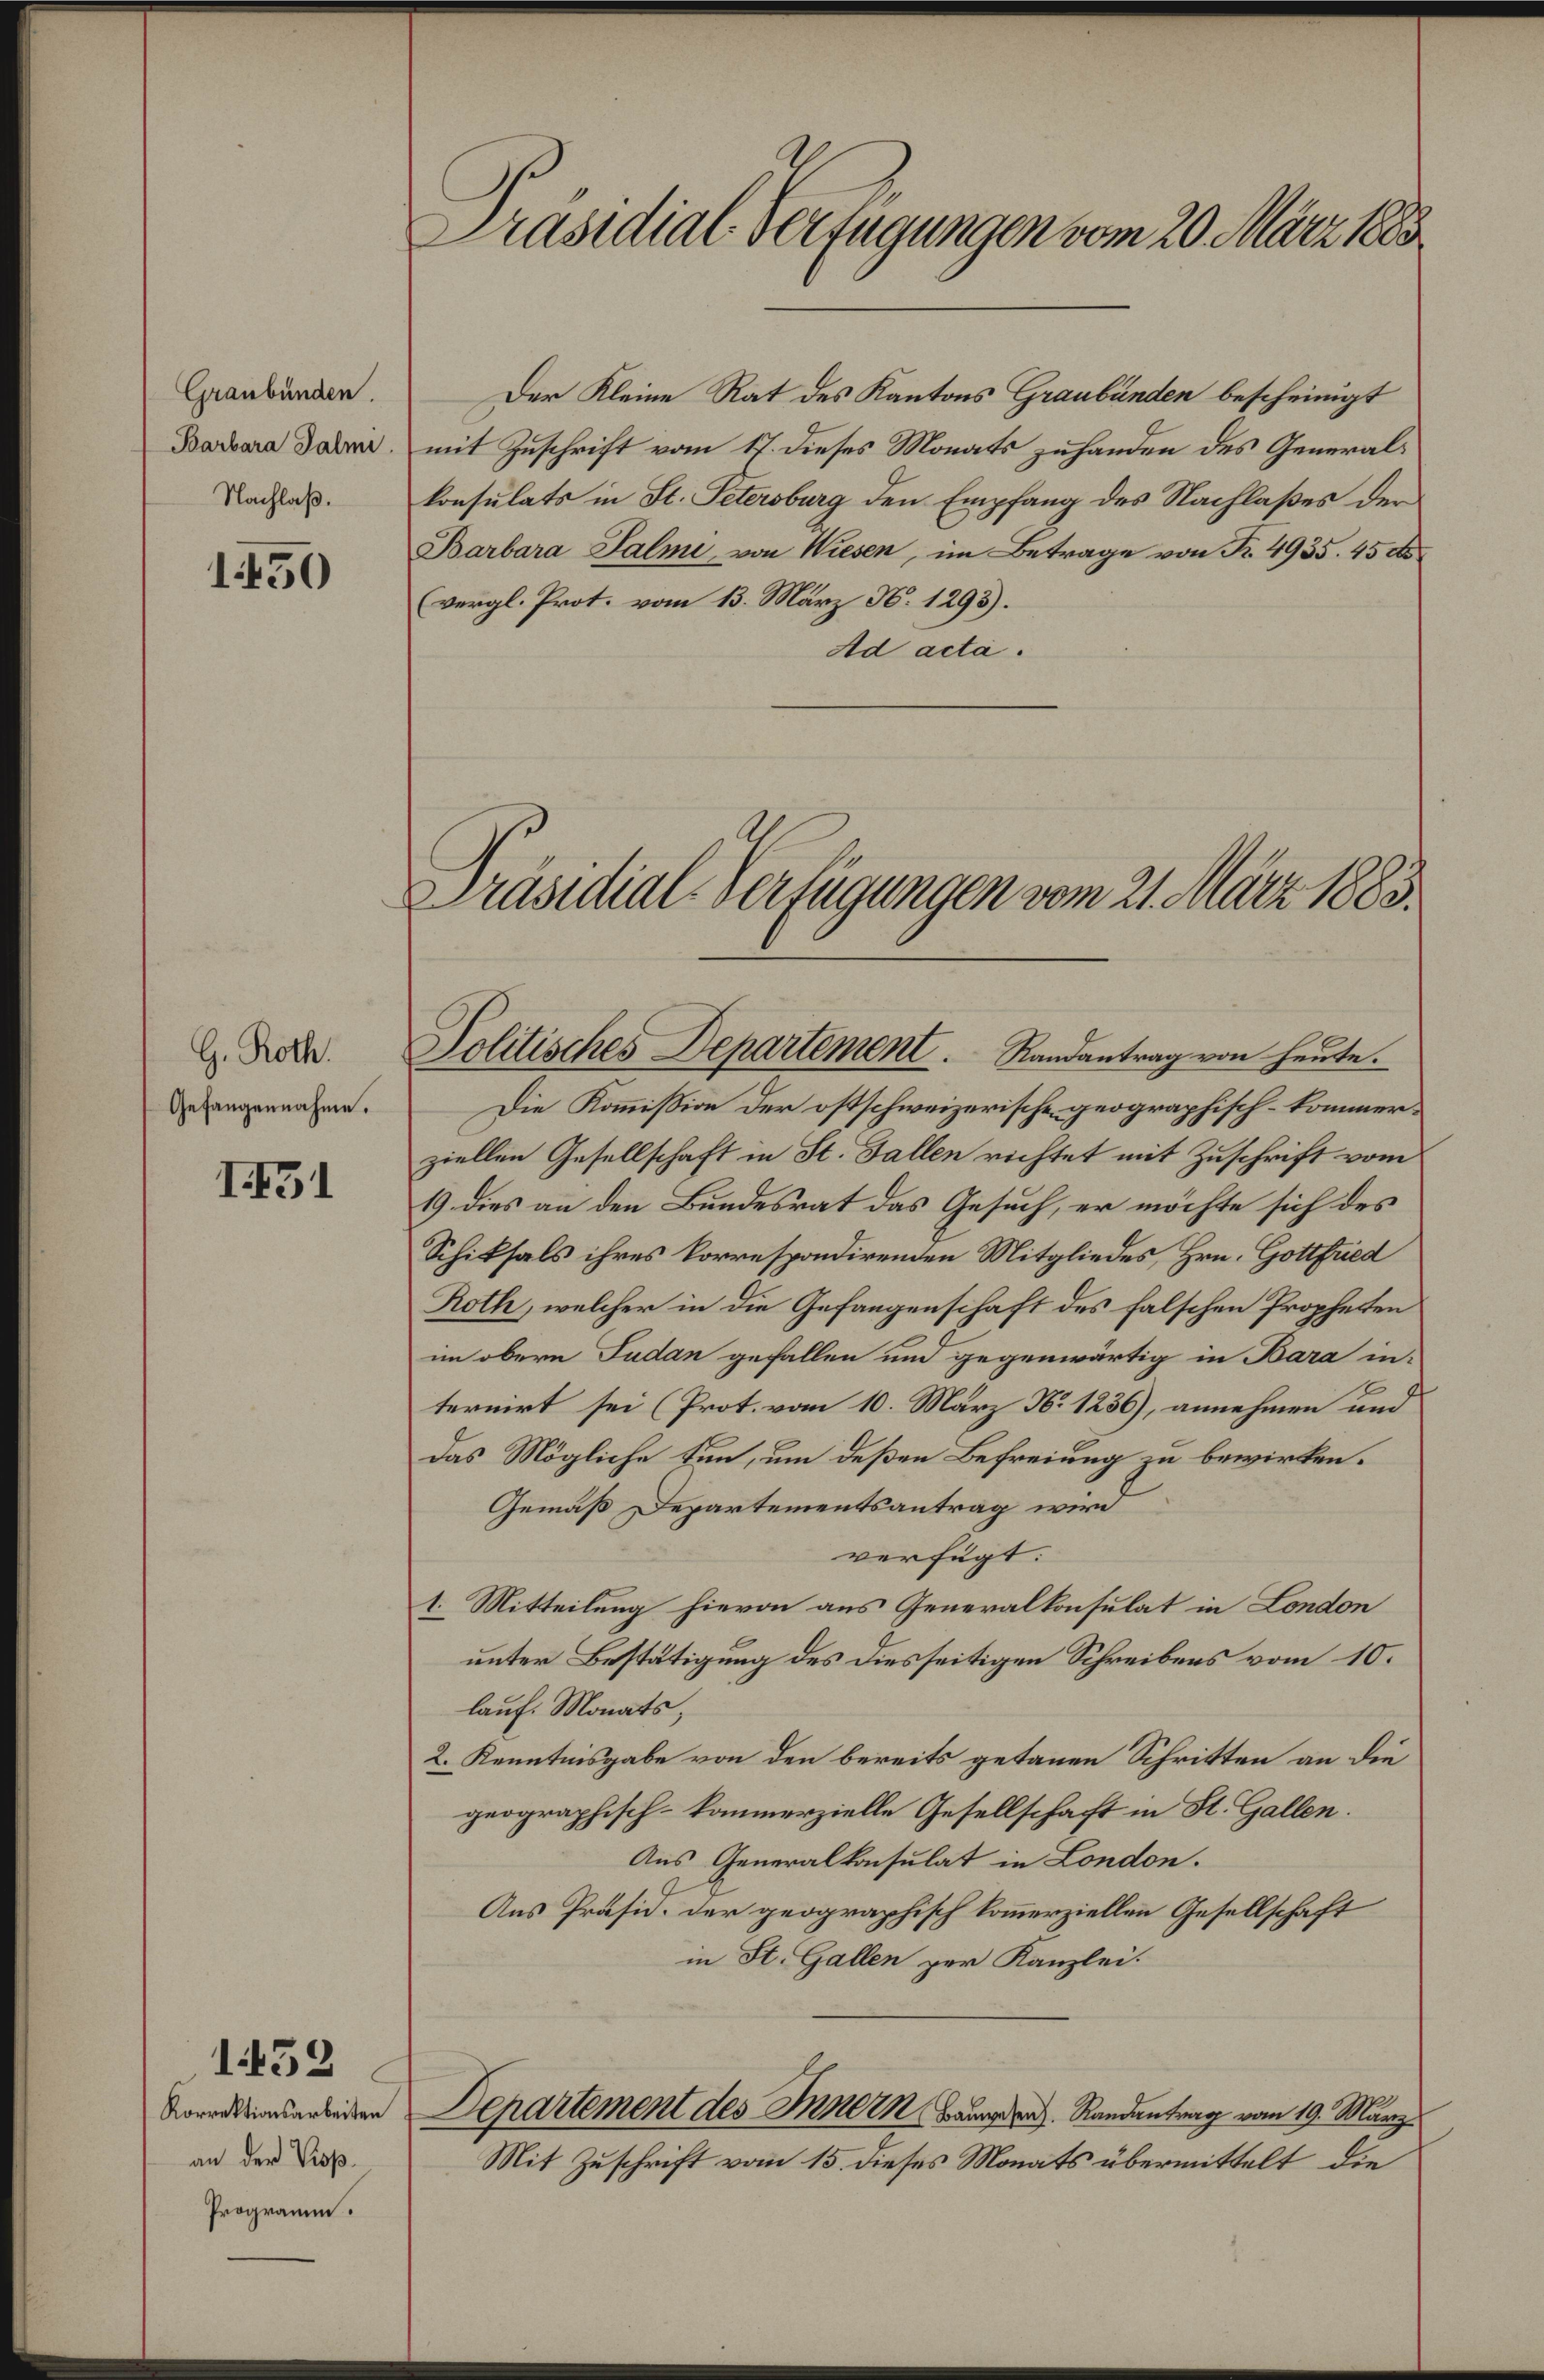
Graubünden.
Barbara Palme
Nachlaß.

1450

G. Roth.
Gefangennahme.

131

Korrektionsarbeiten
an der Prop
Programm.

1452

Präsidial-Verfügungen vom 20. März 1883

Der Kleine Rat des Kantons Graubünden bescheinigt
mit Zuschrift vom 17. dieses Monats zuhanden des Generalkonsulats in St. Petersburg den Empfang des Nachlaßes der
Barbara Salmi von Wiesen, im Betrage von R. 4935. 45 de
(vergl. Prot. vom 13. März N. 1293).
Ad acta.

Präsidial-Verfügungen vom 21. März 1883.

Die Kommission der ostschweizerische geographisch-kommerziellen Gesellschaft in St. Gallen richtet mit Zuschrift vom
19 dies an den Bundesrat das Gesuch, er möchte sich des
Schiksals ihres korrespondirenden Mitgliedes, Hrn. Gottfried
Roth, welcher in die Gefangenschaft des falschen Propheten
im obern Fudan gefallen und gegenwärtig in Bara in-
ternirt sei (Prot. vom 10. März No 1236), annehmen und
das Mögliche tun, um deßen Befreiung zu bewirken.
Gemäß Departementsantrag wird
verfügt:
1. Mitteilung hievon aus Generalkonsulat in London
unter Bestätigung des diesseitigen Schreibens vom 10.
lauf Monats,
2. Kenntnisgabe von den bereits getanen Schritten an die
geographisch-kommerzielle Gesellschaft in St. Gallen.
Aus Generalkonsulat in London.
Aus Präsid. der geographisch kommerziellen Gesellschaft
in St. Gallen zur Kanzlei.
Departement des Innern Randantrag vom 19. März
Mit Zuschrift vom 15. dieses Monats übermittelt, die

Politisches Departement. Randantrag von heute.